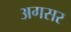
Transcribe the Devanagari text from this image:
अगसर